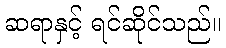
ဆရာနှင့် ရင်ဆိုင်သည်။